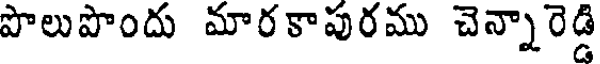
పొలుపొందు మారకాపురము చెన్నారెడ్డి